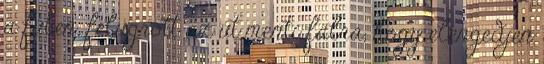
a fűben. felugrott az út menti falra, hogy elengedjen